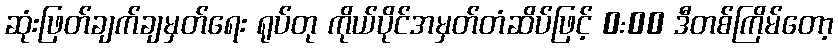
ဆုံးဖြတ်ချက်ချမှတ်ရေး ရုပ်တု ကိုယ်ပိုင်အမှတ်တံဆိပ်ဖြင့် 0:00 ဒီတစ်ကြိမ်တော့